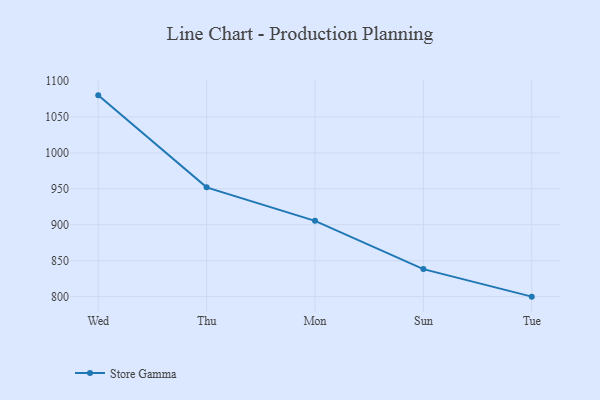
{"axis": {"x": "Day", "y": "Website Visitors"}, "legend": ["Store Gamma"], "data": [{"x": "Wed", "y": 1080.0, "type": "Store Gamma"}, {"x": "Thu", "y": 952.0, "type": "Store Gamma"}, {"x": "Mon", "y": 905.4, "type": "Store Gamma"}, {"x": "Sun", "y": 838.3, "type": "Store Gamma"}, {"x": "Tue", "y": 800, "type": "Store Gamma"}]}